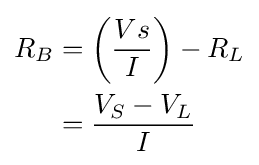
{\begin{aligned}R_{B}&=\left({\frac {Vs}{I}}\right)-R_{L}\\&={\frac {V_{S}-V_{L}}{I}}\end{aligned}}